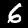
Label: 6